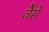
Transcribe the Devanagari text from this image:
वैेसे